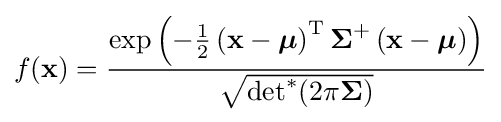
f(\mathbf {x} )={\frac {\exp \left(-{\frac {1}{2}}\left(\mathbf {x} -{\boldsymbol {\mu }}\right)^{\mathrm {T} }{\boldsymbol {\Sigma }}^{+}\left(\mathbf {x} -{\boldsymbol {\mu }}\right)\right)}{\sqrt {\det \nolimits ^{*}(2\pi {\boldsymbol {\Sigma }})}}}